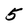
Character: 5